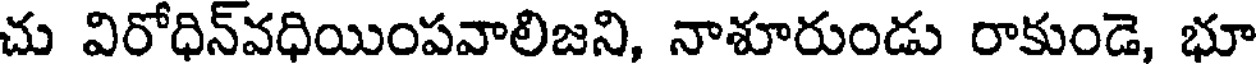
చు విరోధిన్వధియింపవాలిజని, నాశూరుండు రాకుండె, భూ